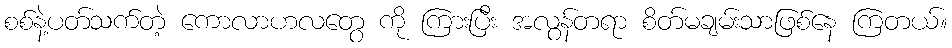
စစ်နဲ့ပတ်သက်တဲ့ ကောလာဟလတွေ ကို ကြားပြီး အလွန်တရာ စိတ်မချမ်းသာဖြစ်နေ ကြတယ်။